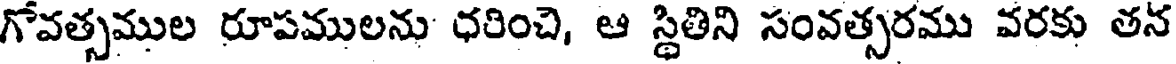
గోవత్సముల రూపములను ధరించి, ఆ స్థితిని సంవత్సరము వరకు తన